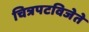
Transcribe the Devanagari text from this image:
चित्रपटविजेते